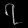
Digit: ၇